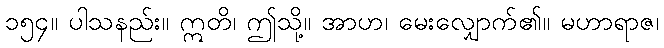
၁၅၄။ ပါသနည်း။ ဣတိ၊ ဤသို့။ အာဟ၊ မေးလျှောက်၏။ မဟာရာဇ၊